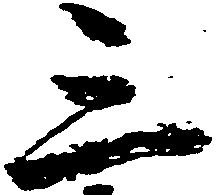
三